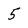
Character: 5